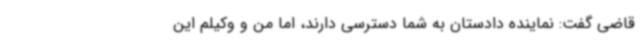
قاضی گفت: نماینده دادستان به شما دسترسی دارند، اما من و وکیلم این